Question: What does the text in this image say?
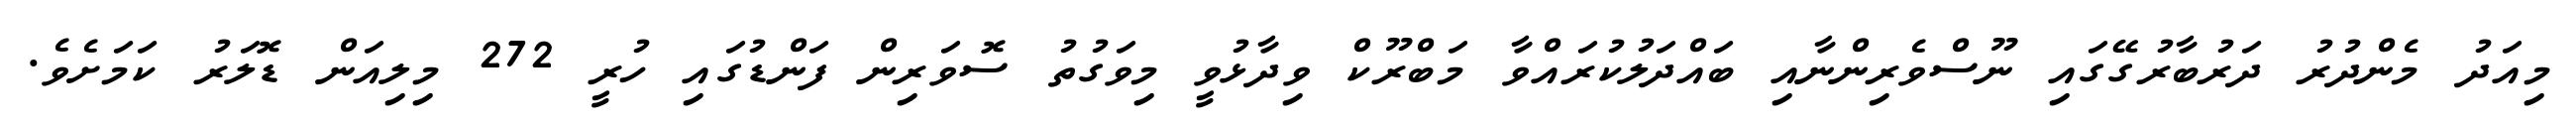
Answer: މިއަދު މެންދުރު ދަރުބާރުގޭގައި ނޫސްވެރިންނާއި ބައްދަލުކުރައްވާ މަބްރޫކް ވިދާޅުވީ މިވަގުތު ސޮވަރިން ފަންޑުގައި ހުރީ 272 މިލިއަން ޑޮލަރު ކަމަށެވެ.